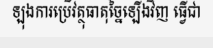
ឡុងការប្រើវត្ថុធាតុច្នៃឡើងវិញ ធ្វើជា